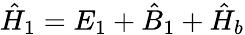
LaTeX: \hat{H}_{1}=E_{1}+\hat{B}_{1}+\hat{H}_{b}